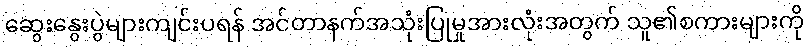
ဆွေးနွေးပွဲများကျင်းပရန် အင်တာနက်အသုံးပြုမှုအားလုံးအတွက် သူ၏စကားများကို